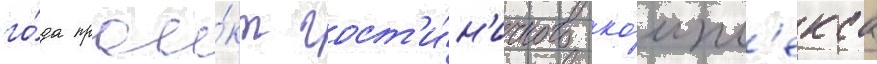
го́да прое́кт гост'и́н'ичного ко́мпл'екса